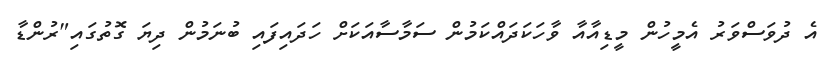
އެ ދުވަސްވަރު އެމީހުން މީޑިއާއާ ވާހަކަދައްކަމުން ސަމާސާއަކަށް ހަދައިފައި ބުނަމުން ދިޔަ ގޮތުގައި"ރުންޑާ